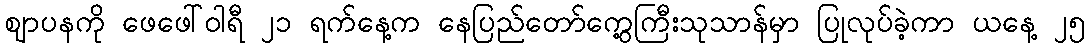
ဈာပနကို ဖေဖေါ်ဝါရီ ၂၁ ရက်နေ့က နေပြည်တော်ကွေ့ကြီးသုသာန်မှာ ပြုလုပ်ခဲ့ကာ ယနေ့ ၂၅